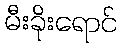
မီးခိုးရောင်